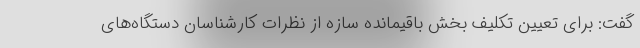
گفت: برای تعیین تکلیف بخش باقیمانده سازه از نظرات کارشناسان دستگاه‌های